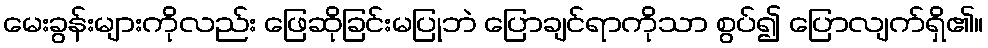
မေးခွန်းများကိုလည်း ဖြေဆိုခြင်းမပြုဘဲ ပြောချင်ရာကိုသာ စွပ်၍ ပြောလျက်ရှိ၏။